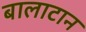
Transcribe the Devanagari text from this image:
बालाटान